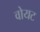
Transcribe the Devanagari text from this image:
वोयट